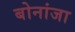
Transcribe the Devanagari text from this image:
बोनांजा